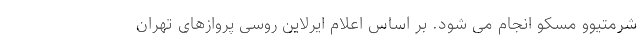
شرمتیوو مسکو انجام می شود. بر اساس اعلام ایرلاین روسی پروازهای تهران